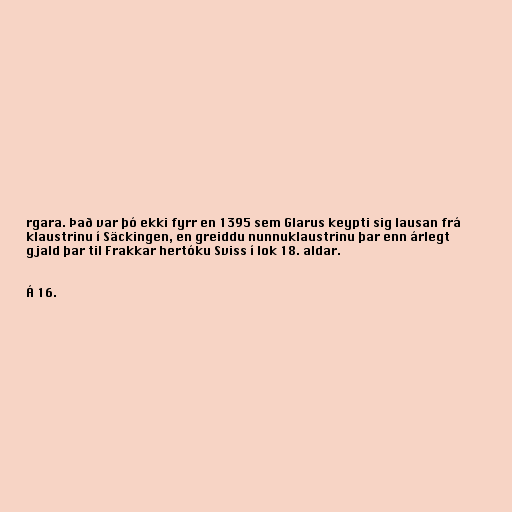
rgara. Það var þó ekki fyrr en 1395 sem Glarus keypti sig lausan frá
klaustrinu í Säckingen, en greiddu nunnuklaustrinu þar enn árlegt
gjald þar til Frakkar hertóku Sviss í lok 18. aldar.

Á 16.